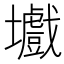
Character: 㚀